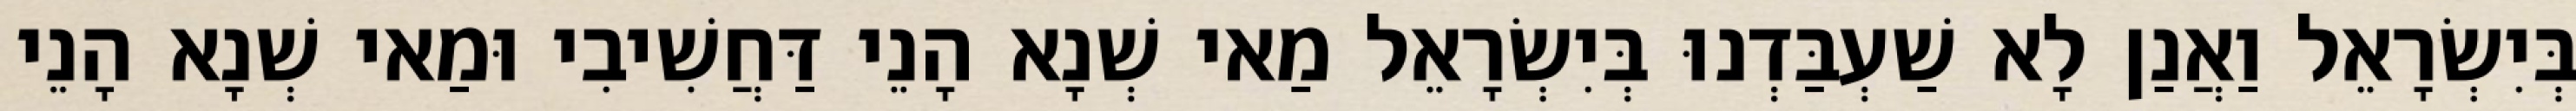
בְּיִשְׂרָאֵל וַאֲנַן לָא שַׁעְבַּדְנוּ בְּיִשְׂרָאֵל מַאי שְׁנָא הָנֵי דַּחֲשִׁיבִי וּמַאי שְׁנָא הָנֵי